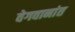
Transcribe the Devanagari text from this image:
वेगवानांत